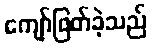
ကျော်ဖြတ်ခဲ့သည်